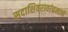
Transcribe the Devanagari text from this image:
सदाशिवरावांप्रमाणेे